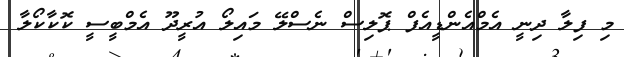
މި ފިލާ ދިނީ އެމްއެންޑީއެފް ޕޮލިސް ނެސްލޭ މައިލޯ އުރީދޫ އެމްބީސީ ކޮކާކޯލާ